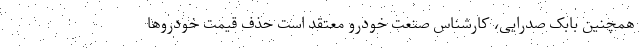
همچنین بابک صدرایی، کارشناس صنعت خودرو معتقد است حذف قیمت خودروها